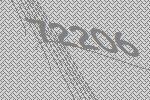
72206